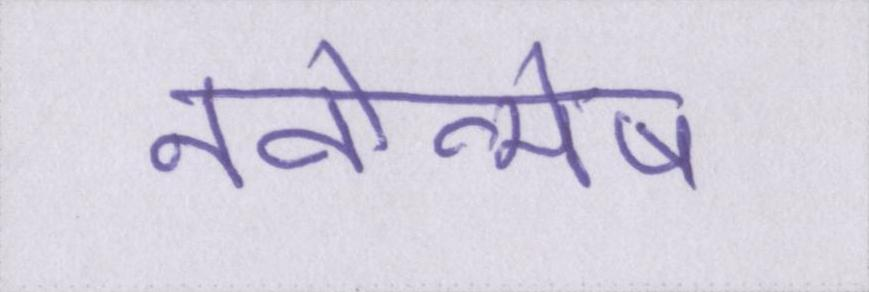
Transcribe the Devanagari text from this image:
नवोन्मेष